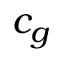
c _ { g }